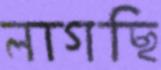
লাগছি